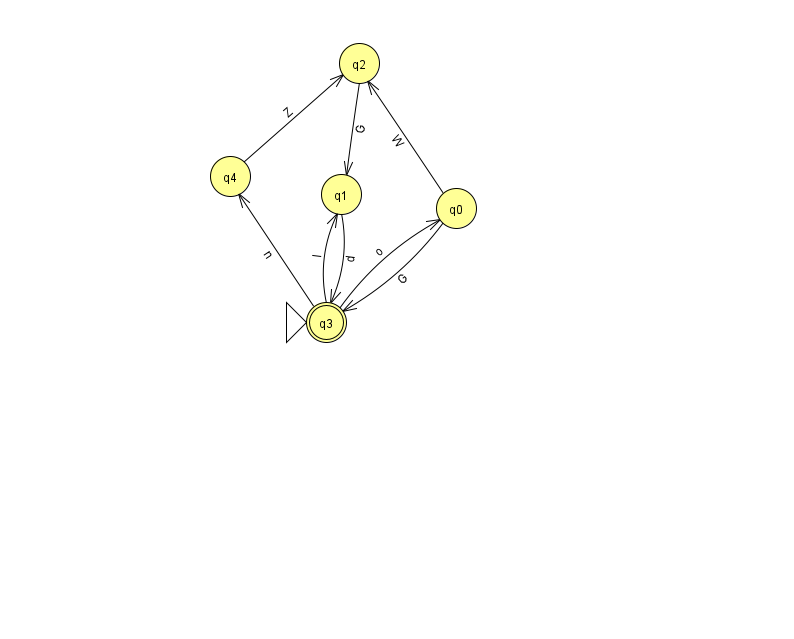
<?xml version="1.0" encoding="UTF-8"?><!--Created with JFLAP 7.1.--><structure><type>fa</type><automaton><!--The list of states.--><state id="0" name="q0"><x>456.0</x><y>195.0</y></state><state id="1" name="q1"><x>341.0</x><y>181.0</y></state><state id="2" name="q2"><x>359.0</x><y>50.0</y></state><state id="3" name="q3"><x>326.0</x><y>309.0</y><initial/><final/></state><state id="4" name="q4"><x>230.0</x><y>163.0</y></state><!--The list of transitions.--><transition><from>1</from><to>3</to><read>d</read></transition><transition><from>4</from><to>2</to><read>Z</read></transition><transition><from>3</from><to>0</to><read>o</read></transition><transition><from>0</from><to>2</to><read>W</read></transition><transition><from>2</from><to>1</to><read>G</read></transition><transition><from>3</from><to>1</to><read>l</read></transition><transition><from>0</from><to>3</to><read>G</read></transition><transition><from>3</from><to>4</to><read>n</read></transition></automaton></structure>